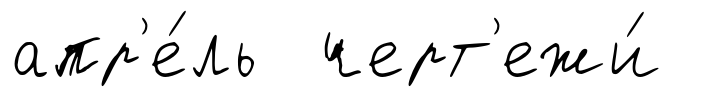
апр'е́ль черт'ежи́